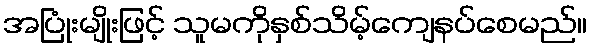
အပြုံးမျိုးဖြင့် သူမကိုနှစ်သိမ့်ကျေနပ်စေမည်။